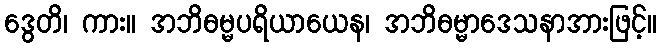
ဒွေတိ၊ ကား။ အဘိဓမ္မပရိယာယေန၊ အဘိဓမ္မာဒေသနာအားဖြင့်။